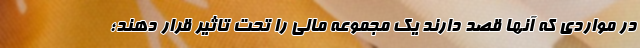
در مواردی که آنها قصد دارند یک مجموعه مالی را تحت تاثیر قرار دهند؛